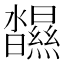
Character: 𤄥